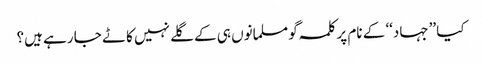
کیا ’’جہاد‘‘ کے نام پر کلمہ گو مسلمانوں ہی کے گلے نہیں کاٹے جا رہے ہیں؟